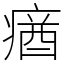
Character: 𤸈